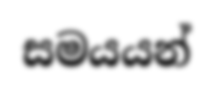
සමයයන්